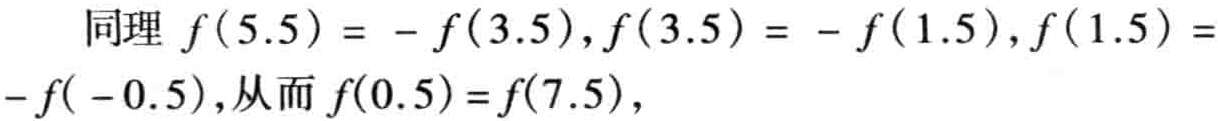
同理 \(f(5.5)= - f(3.5),f(3.5)= - f(1.5),f(1.5)= - f(-0.5)\),从而 \(f(0.5)=f(7.5)\),